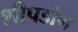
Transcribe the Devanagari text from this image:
शीपडोग